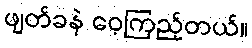
ဖျတ်ခနဲ ဝေ့ကြည့်တယ်။